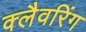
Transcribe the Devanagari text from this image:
क्लैवरिंग